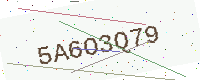
Text: 5A6O3Q79